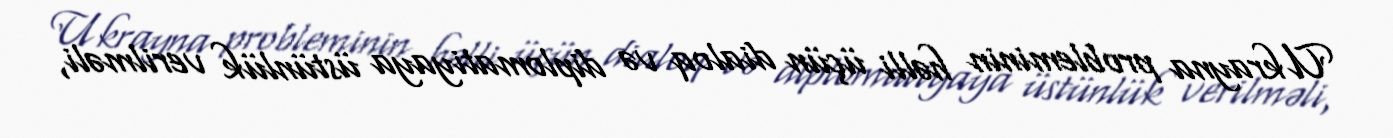
Ukrayna probleminin həlli üçün dialoq və diplomatiyaya üstünlük verilməli,